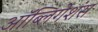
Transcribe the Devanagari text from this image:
ऑब्लिगेशंस